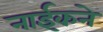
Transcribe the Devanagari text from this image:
नाईकने